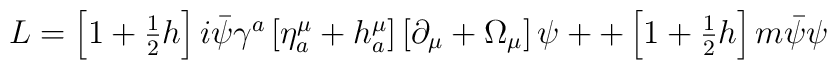
\begin{array}{c}L=\left[ 1+\frac 12h\right] i\bar \psi \gamma ^a\left[ \eta _a^\mu +h_a^\mu\right] \left[ \partial _\mu +\Omega _\mu \right] \psi ++\left[ 1+\frac12h\right] m\bar \psi \psi\end{array}